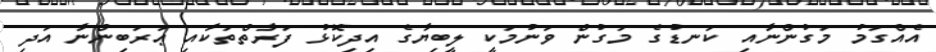
އެއްގަމު މަގުންނާއި ކަނޑުގެ މަގުން ވަނުމަކީ ލީބިޔާގެ އިދިކޮޅު ފަރާތްތަކާއި ޢަރަބިންނާ އަދި